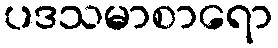
ပဒသမာစာရော